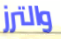
والترز